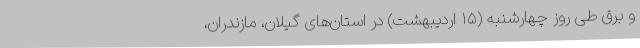
و برق طی روز چهارشنبه (۱۵ اردیبهشت) در استان‌های گیلان، مازندران،